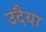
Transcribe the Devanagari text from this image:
उदैया